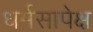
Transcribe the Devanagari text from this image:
धर्मसापेक्ष